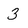
Character: 3